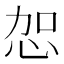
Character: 㤎